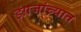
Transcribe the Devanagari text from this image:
इंग्रजांच्यात